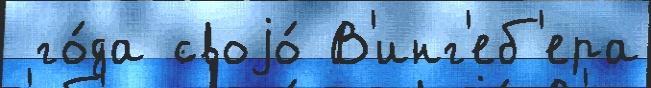
 го́да своjо́ В'инг'еб'ера